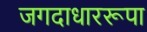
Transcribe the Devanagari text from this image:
जगदाधाररूपा